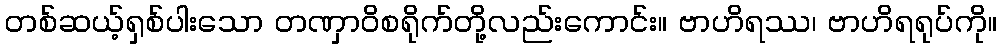
တစ်ဆယ့်ရှစ်ပါးသော တဏှာဝိစရိုက်တို့လည်းကောင်း။ ဗာဟိရဿ၊ ဗာဟိရရုပ်ကို။